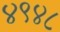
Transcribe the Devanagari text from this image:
४९४८